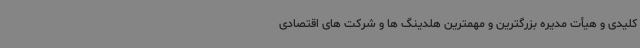
کلیدی و هیأت مدیره بزرگترین و مهمترین هلدینگ ها و شرکت های اقتصادی